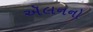
ઍલનનો